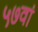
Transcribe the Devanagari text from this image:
५७वां